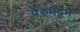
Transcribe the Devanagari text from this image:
पेरुमट्टम